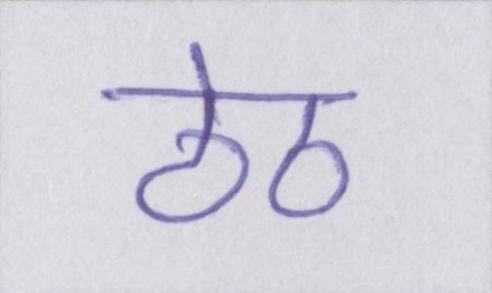
ठेठ